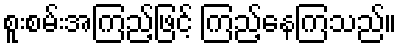
စူးစမ်းအကြည့်ဖြင့် ကြည့်နေကြသည်။